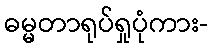
ဓမ္မတာရုပ်ရှုပုံကား-